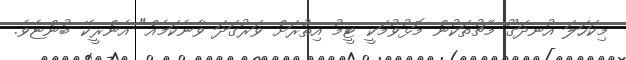
މިކަހަލަ އުނދަގޫ މެޗުތަކުން މޮޅުވުމަކީ ޓީމު އިތުރަށް ވަރުގަދަ ވާނެކަމެއް" އެންރީކޭ ބުންޏެވެ.